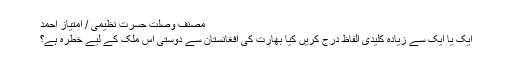
مصنف وصلت حسرت نظيمی / امتیاز احمد
ایک یا ایک سے زیادہ کلیدی الفاظ درج کریں کیا بھارت کی افغانستان سے دوستی اس ملک کے لیے خطرہ ہے؟